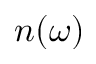
n ( \omega )